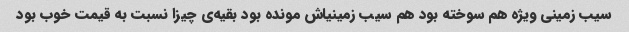
سیب زمینی ویژه هم سوخته بود هم سیب زمینیاش مونده بود بقیه‌ی چیزا نسبت به قیمت خوب بود